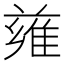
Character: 𨿄